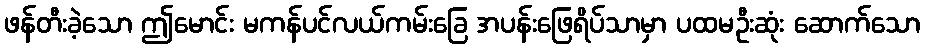
ဖန်တီးခဲ့သော ဤမောင်း မကန်ပင်လယ်ကမ်းခြေ အပန်းဖြေရိပ်သာမှာ ပထမဦးဆုံး ဆောက်သော